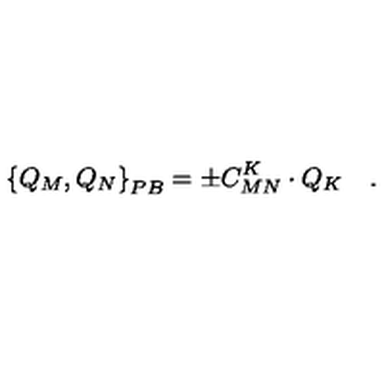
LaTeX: \left\{ Q _ { M } , Q _ { N } \right\} _ { P B } = \pm C _ { M N } ^ { K } \cdot Q _ { K } \quad .